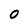
Character: o